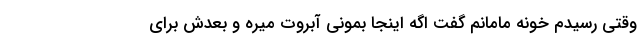
وقتی رسیدم خونه مامانم گفت اگه اینجا بمونی آبروت میره و بعدش برای